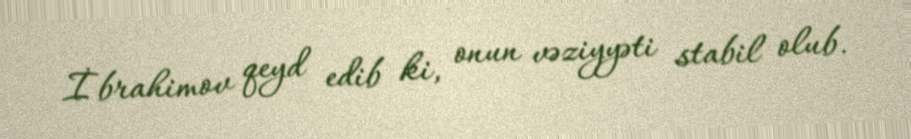
İbrahimov qeyd edib ki, onun vəziyyəti stabil olub.